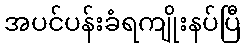
အပင်ပန်းခံရကျိုးနပ်ပြီ